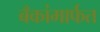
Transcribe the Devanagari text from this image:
बँकांमार्फत